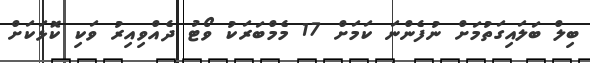
ބިލް ބަލައިގަތުމަށް ނުފެންނަ ކަމަށް 17 މެމްބަރަކު ވޯޓު ދެއްވިއިރު ވަކި ކޮޅަކަށް